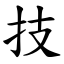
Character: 技